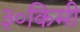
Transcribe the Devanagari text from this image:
३०किमी